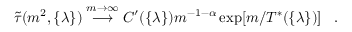
\tilde { \tau } ( m ^ { 2 } , \{ \lambda \} ) \stackrel { m \rightarrow \infty } { \longrightarrow } C ^ { \prime } ( \{ \lambda \} ) m ^ { - 1 - \alpha } \exp [ m / T ^ { * } ( \{ \lambda \} ) ] \; \; \; .